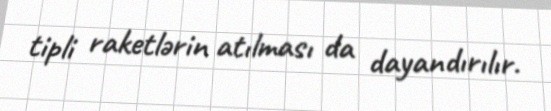
tipli raketlərin atılması da dayandırılır.